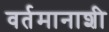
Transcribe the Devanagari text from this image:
वर्तमानाशी